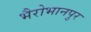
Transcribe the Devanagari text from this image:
भैरोभानपुर